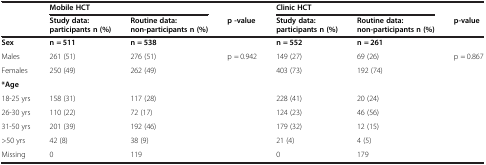
<table><thead><tr><td></td><td colspan="2"><b>Mobile HCT</b></td><td></td><td colspan="2"><b>Clinic HCT</b></td><td></td></tr><tr><td></td><td><b>Study data: participants n (%)</b></td><td><b>Routine data: non-participants n (%)</b></td><td><b>p -value</b></td><td><b>Study data: participants n (%)</b></td><td><b>Routine data: non-participants n (%)</b></td><td><b>p-value</b></td></tr></thead><tbody><tr><td><b>Sex</b></td><td><b>n = 511</b></td><td><b>n = 538</b></td><td></td><td><b>n = 552</b></td><td><b>n = 261</b></td><td></td></tr><tr><td>Males</td><td>261 (51)</td><td>276 (51)</td><td rowspan="2">p = 0.942</td><td>149 (27)</td><td>69 (26)</td><td rowspan="2">p = 0.867</td></tr><tr><td>Females</td><td>250 (49)</td><td>262 (49)</td><td>403 (73)</td><td>192 (74)</td></tr><tr><td colspan="7"><b>*Age</b></td></tr><tr><td>18-25 yrs</td><td>158 (31)</td><td>117 (28)</td><td></td><td>228 (41)</td><td>20 (24)</td><td></td></tr><tr><td>26-30 yrs</td><td>110 (22)</td><td>72 (17)</td><td></td><td>124 (23)</td><td>46 (56)</td><td></td></tr><tr><td>31-50 yrs</td><td>201 (39)</td><td>192 (46)</td><td></td><td>179 (32)</td><td>12 (15)</td><td></td></tr><tr><td>&gt;50 yrs</td><td>42 (8)</td><td>38 (9)</td><td></td><td>21 (4)</td><td>4 (5)</td><td></td></tr><tr><td>Missing</td><td>0</td><td>119</td><td></td><td>0</td><td>179</td><td></td></tr></tbody></table>